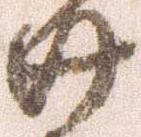
廿